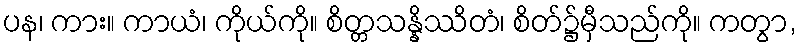
ပန၊ ကား။ ကာယံ၊ ကိုယ်ကို။ စိတ္တသန္နိဿိတံ၊ စိတ်၌မှီသည်ကို။ ကတွာ,